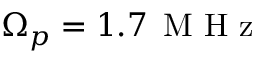
\Omega _ { p } = 1 . 7 \, \mathrm { ~ M ~ H ~ z ~ }